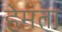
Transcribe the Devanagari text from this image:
हेमंता